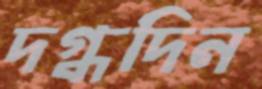
দগ্ধদিন